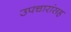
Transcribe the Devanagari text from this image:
उपचारांसह